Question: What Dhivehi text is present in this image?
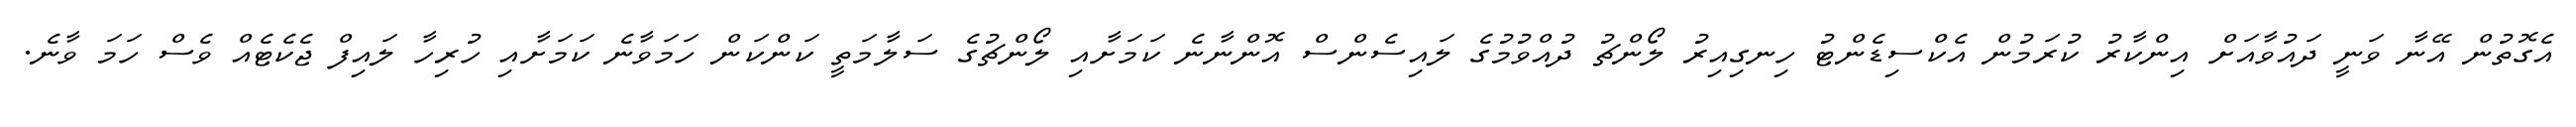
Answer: އެގޮތުން އޭނާ ވަނީ ދައުވާއަށް އިންކާރު ކުރަމުން އެކްސިޑެންޓު ހިނގިއިރު ލޯންޗު ދުއްވުމުގެ ލައިސެންސް އޮންނާނެ ކަމަށާއި ލޯންޗުގެ ސަލާމަތީ ކަންކަން ހަމަވާނެ ކަމަށާއި ހުރިހާ ލައިފް ޖެކެޓެއް ވެސް ހަމަ ވާނެ.